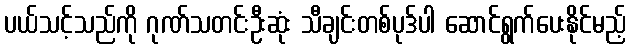
ပယ်သင့်သည်ကို ဂုဏ်သတင်းဦးဆုံး သီချင်းတစ်ပုဒ်ပါ ဆောင်ရွက်ပေးနိုင်မည့်